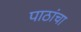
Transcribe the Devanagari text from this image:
पाठांचा